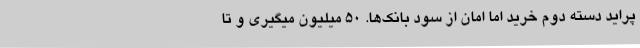
پراید دسته دوم خرید اما امان از سود بانک‌ها. 50 میلیون میگیری و تا